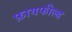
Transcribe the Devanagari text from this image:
फ़ायफील्ड